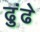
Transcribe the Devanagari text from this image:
ढुंढे